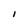
Character: I